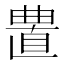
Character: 𰗁